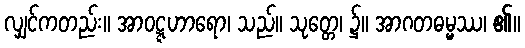
လျှင်ကတည်း။ အာဝဋ္ဋဟာရော၊ သည်။ သုတ္တေ၊ ၌။ အာဂတဓမ္မဿ၊ ၏။